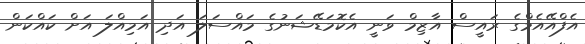
އެފްއޭއެމްގެ ރައީސް އާޒިމް ވަނީ އެކޮމަޑޭޝަނުގެ މައްސަލަ އަދި އަމިއްލަ އަށް ކައްކަން